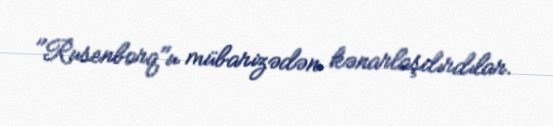
"Rusenborq"u mübarizədən kənarlaşdırdılar.